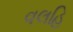
વલહિ